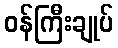
ဝန်ကြီးချုပ်